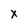
Character: X